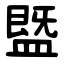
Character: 䀈